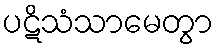
ပဋိသံသာမေတွာ